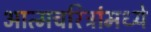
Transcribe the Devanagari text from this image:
आत्मचरित्रांमध्ये